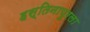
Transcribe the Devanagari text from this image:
हस्तिनापुरला